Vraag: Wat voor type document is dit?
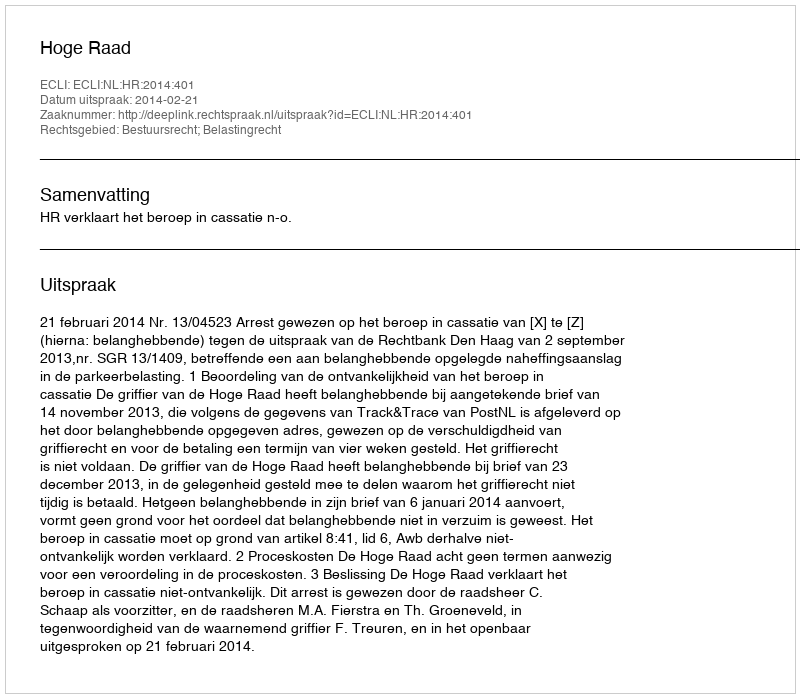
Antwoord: Uitspraak